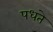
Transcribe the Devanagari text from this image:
पधते